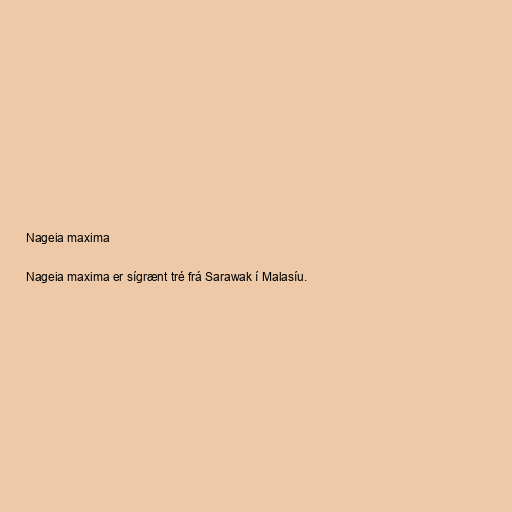
Nageia maxima

Nageia maxima er sígrænt tré frá Sarawak í Malasíu.